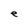
Character: e